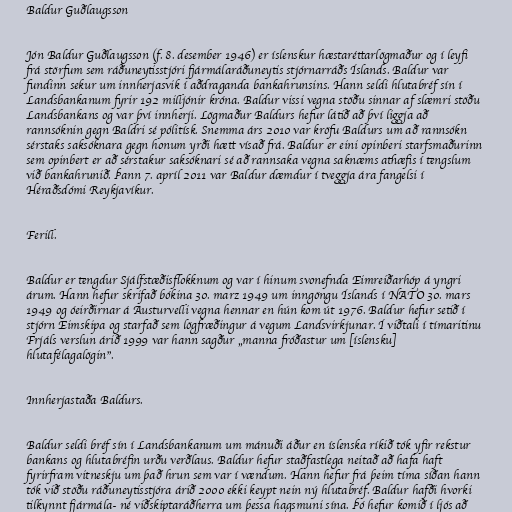
Baldur Guðlaugsson

Jón Baldur Guðlaugsson (f. 8. desember 1946) er íslenskur hæstaréttarlögmaður og í leyfi
frá störfum sem ráðuneytisstjóri fjármálaráðuneytis stjórnarráðs Íslands. Baldur var
fundinn sekur um innherjasvik í aðdraganda bankahrunsins. Hann seldi hlutabréf sín í
Landsbankanum fyrir 192 milljónir króna. Baldur vissi vegna stöðu sinnar af slæmri stöðu
Landsbankans og var því innherji. Lögmaður Baldurs hefur látið að því liggja að
rannsóknin gegn Baldri sé pólitísk. Snemma árs 2010 var kröfu Baldurs um að rannsókn
sérstaks saksóknara gegn honum yrði hætt vísað frá. Baldur er eini opinberi starfsmaðurinn
sem opinbert er að sérstakur saksóknari sé að rannsaka vegna saknæms athæfis í tengslum
við bankahrunið. Þann 7. apríl 2011 var Baldur dæmdur í tveggja ára fangelsi í
Héraðsdómi Reykjavíkur.

Ferill.

Baldur er tengdur Sjálfstæðisflokknum og var í hinum svonefnda Eimreiðarhóp á yngri
árum. Hann hefur skrifað bókina 30. marz 1949 um inngöngu Íslands í NATO 30. mars
1949 og óeirðirnar á Austurvelli vegna hennar en hún kom út 1976. Baldur hefur setið í
stjórn Eimskipa og starfað sem lögfræðingur á vegum Landsvirkjunar. Í viðtali í tímaritinu
Frjáls verslun árið 1999 var hann sagður „manna fróðastur um [íslensku]
hlutafélagalögin”.

Innherjastaða Baldurs.

Baldur seldi bréf sín í Landsbankanum um mánuði áður en íslenska ríkið tók yfir rekstur
bankans og hlutabréfin urðu verðlaus. Baldur hefur staðfastlega neitað að hafa haft
fyrirfram vitneskju um það hrun sem var í vændum. Hann hefur frá þeim tíma síðan hann
tók við stöðu ráðuneytisstjóra árið 2000 ekki keypt nein ný hlutabréf. Baldur hafði hvorki
tilkynnt fjármála- né viðskiptaráðherra um þessa hagsmuni sína. Þó hefur komið í ljós að